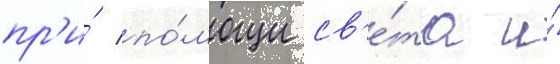
пр'и́ по́мощи св'е́та и́